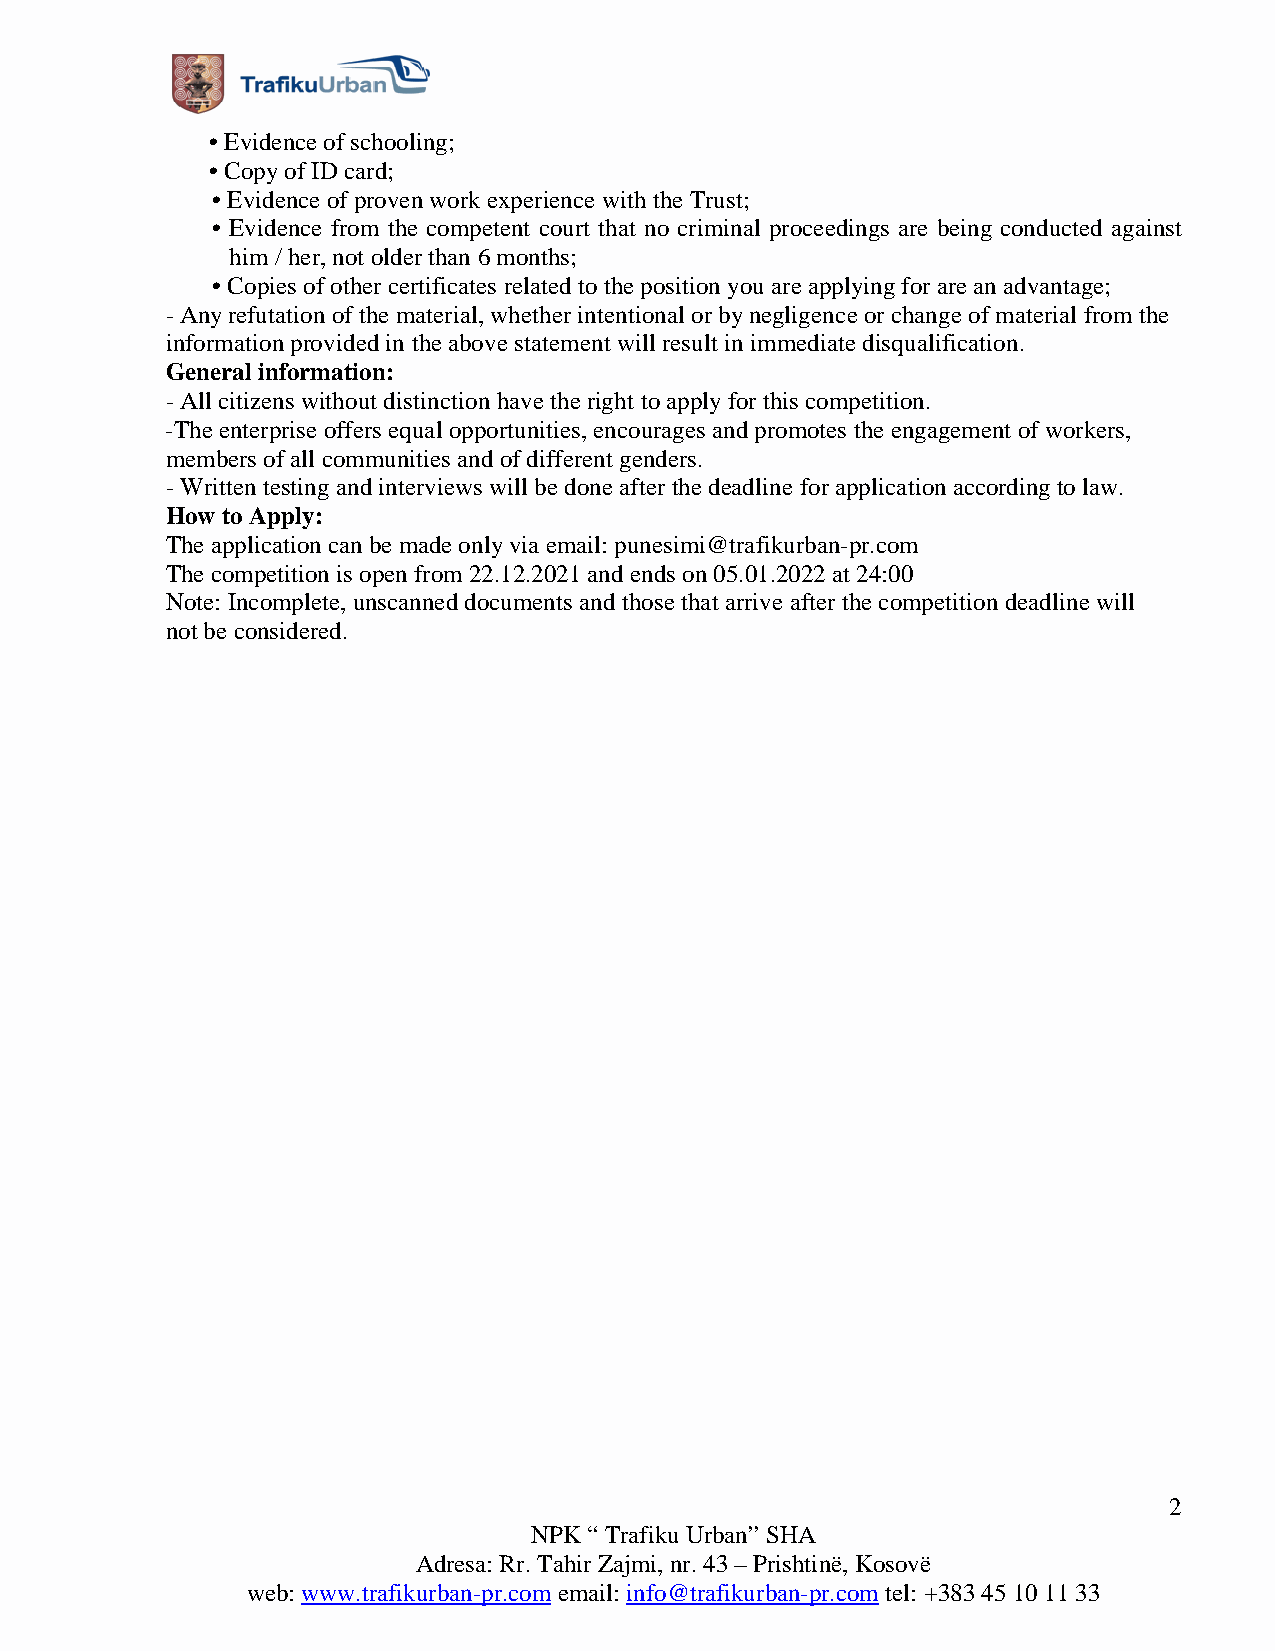
•Evidence of schooling;
 •Copy of ID card;
 •Evidence of proven work experience with the Trust;
 • Evidence from the competent court that no criminal proceedings are being conducted against
 him / her, not older than 6 months;
 •Copies of other certificates related to the position you are applying for are an advantage;
 - Any refutation of the material, whether intentional or by negligence or change of material from the
 information provided in the above statement will result in immediate disqualification.
 General information:
 - All citizens without distinction have the right to apply for this competition.
 -The enterprise offers equal opportunities, encourages and promotes the engagement of workers,
 members of all communities and of different genders.
 - Written testing and interviews will be done after the deadline for application according to law.
 How to Apply:
 The application can be made only via email: punesimi@trafikurban-pr.com
 The competition is open from 22.12.2021 and ends on 05.01.2022 at 24:00
 Note: Incomplete, unscanned documents and those that arrive after the competition deadline will
 not be considered.
 2
 NPK “ Trafiku Urban” SHA
 Adresa: Rr. Tahir Zajmi, nr. 43 – Prishtinë, Kosovë
 web: www.trafikurban-pr.com email: info@trafikurban-pr.com tel: +383 45 10 11 33